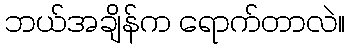
ဘယ်အချိန်က ရောက်တာလဲ။